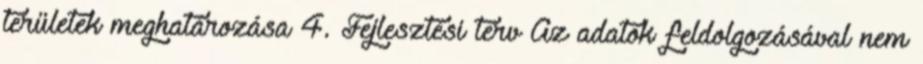
területek meghatározása 4. Fejlesztési terv Az adatok feldolgozásával nem